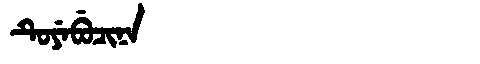
Manchu: ᡨᡠᠶᡝᠪᡠᠴᡳᠨᠠ
Romanization: TUYEBUCINA